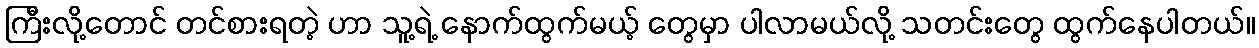
ကြီးလို့တောင် တင်စားရတဲ့ ဟာ သူ့ရဲ့ နောက်ထွက်မယ့် တွေမှာ ပါလာမယ်လို့ သတင်းတွေ ထွက်နေပါတယ်။